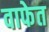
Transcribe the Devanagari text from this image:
वाफेत